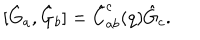
LaTeX: [ \hat { G } _ { a } , \hat { G } _ { b } ] = \hat { C } _ { a b } ^ { c } ( q ) \hat { G } _ { c } .